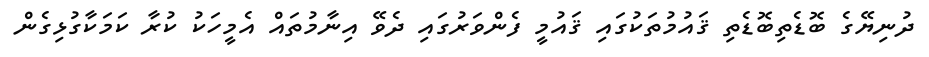
ދުނިޔޭގެ ބޮޑެތިބޮޑެތި ޤައުމުތަކުގައި ޤައުމީ ފެންވަރުގައި ދެވޭ އިނާމުތައް އެމީހަކު ކުރާ ކަމަކާގުޅިގެން